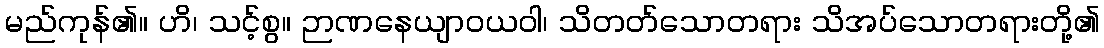
မည်ကုန်၏။ ဟိ၊ သင့်စွ။ ဉာဏနေယျာဝယဝါ၊ သိတတ်သောတရား သိအပ်သောတရားတို့၏